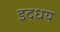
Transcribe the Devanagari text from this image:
इद्धय